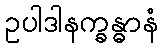
ဥပါဒါနက္ခန္ဓာနံ